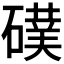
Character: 𮁅